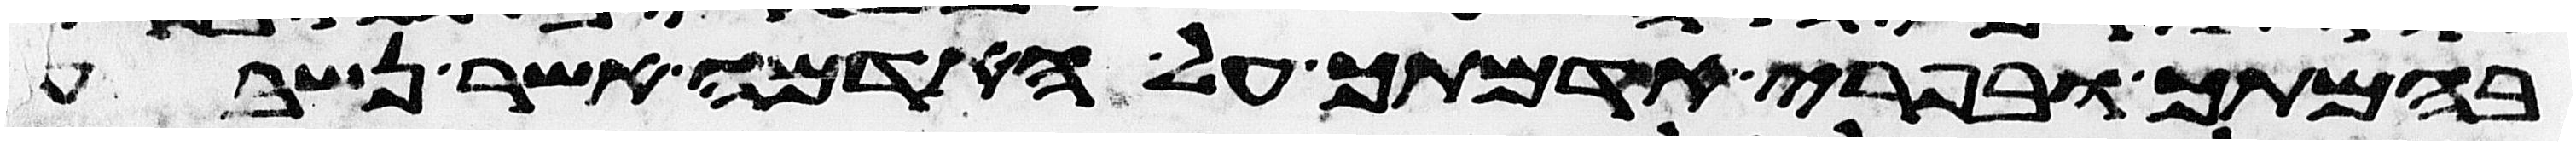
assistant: בהמתך ובפרי אדמתך על האדמה אשר נשבע